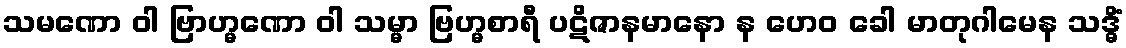
သမဏော ဝါ ဗြာဟ္မဏော ဝါ သမ္မာ ဗြဟ္မစာရီ ပဋိဇာနမာနော န ဟေဝ ခေါ မာတုဂါမေန သဒ္ဓိံ